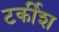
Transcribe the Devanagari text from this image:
टर्कीश